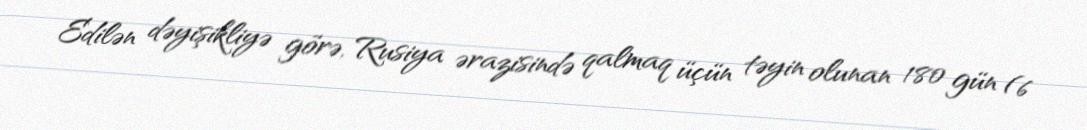
Edilən dəyişikliyə görə, Rusiya ərazisində qalmaq üçün təyin olunan 180 gün (6